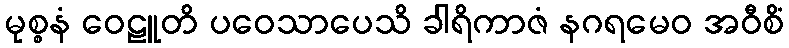
မုစ္စနံ ဝေဠူတိ ပဝေသာပေသိ ခါရိကာဇံ နဂရမေဝ အဝီစိံ